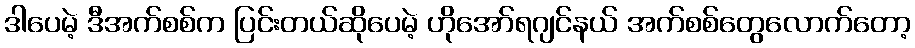
ဒါပေမဲ့ ဒီအက်စစ်က ပြင်းတယ်ဆိုပေမဲ့ ဟိုအော်ရဂျင်နယ် အက်စစ်တွေလောက်တော့